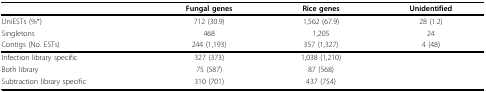
<table><thead><tr><td></td><td><b>Fungal genes</b></td><td><b>Rice genes</b></td><td><b>Unidentified</b></td></tr></thead><tbody><tr><td>UniESTs (%*)</td><td>712 (30.9)</td><td>1,562 (67.9)</td><td>28 (1.2)</td></tr><tr><td>Singletons</td><td>468</td><td>1,205</td><td>24</td></tr><tr><td>Contigs (No. ESTs)</td><td>244 (1,193)</td><td>357 (1,327)</td><td>4 (48)</td></tr><tr><td>Infection library specific</td><td>327 (373)</td><td>1,038 (1,210)</td><td></td></tr><tr><td>Both library</td><td>75 (587)</td><td>87 (568)</td><td></td></tr><tr><td>Subtraction library specific</td><td>310 (701)</td><td>437 (754)</td><td></td></tr></tbody></table>